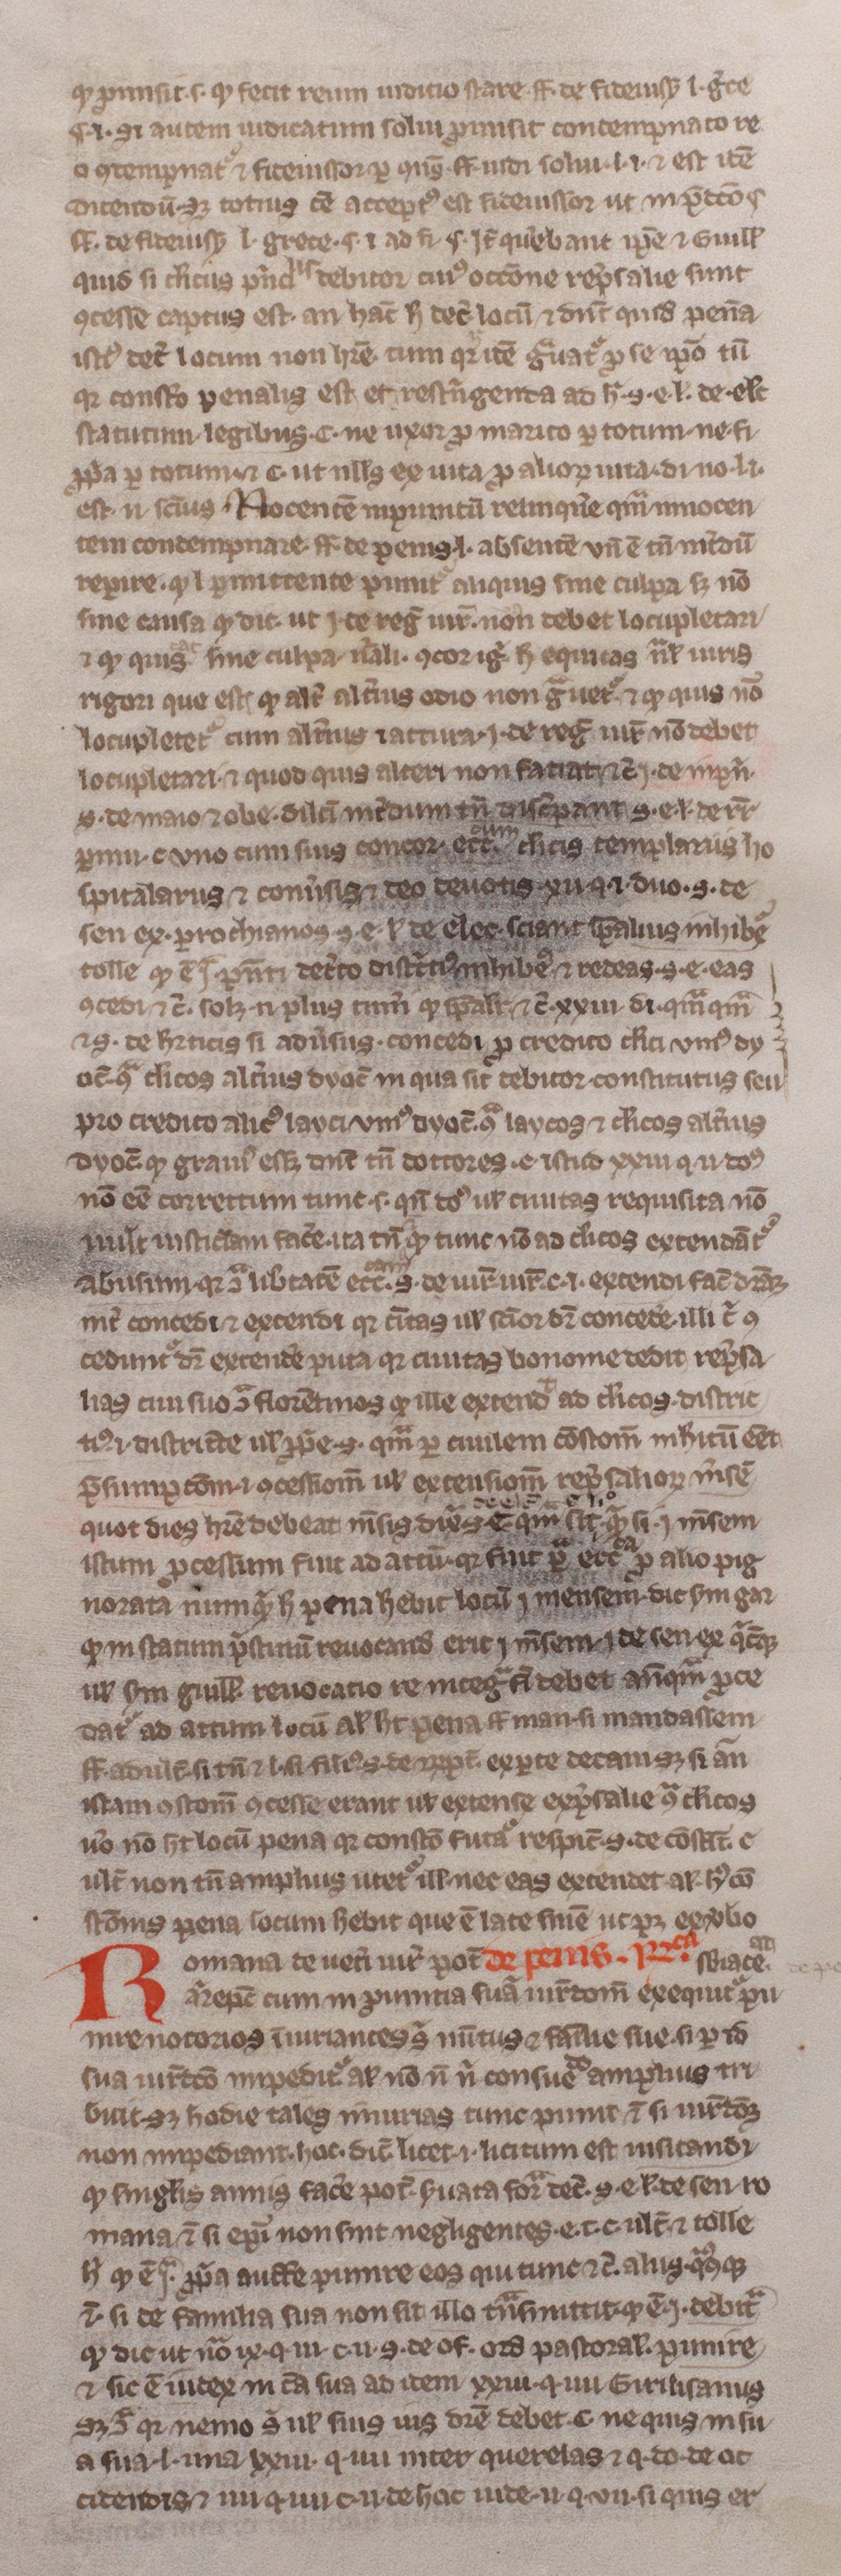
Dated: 1300–1399